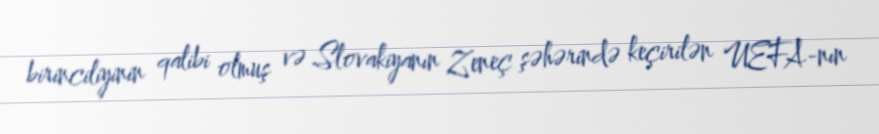
birinciliyinin qalibi olmuş və Slovakiyanın Zeneç şəhərində keçirilən UEFA-nın